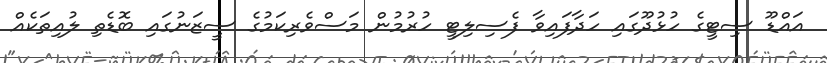
އައްޑޫ ސިޓީގެ ހުޅުދޫގައި ހަދާފައިވާ ފެސިލިޓީ ހުރުމުން މަސްވެރިކަމުގެ ސީޒަނުގައި ބޮޑެތި ލުއިތަކެއް